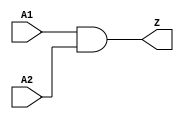
// ================================================================
// NVDLA Open Source Project
// 
// Copyright(c) 2016 - 2017 NVIDIA Corporation.  Licensed under the
// NVDLA Open Hardware License; Check "LICENSE" which comes with 
// this distribution for more information.
// ================================================================


module AN2D4PO4(
A1,
A2,
Z
);

input A1,A2;
output Z;

assign Z = A1 & A2;

endmodule